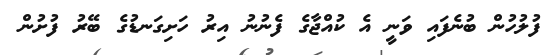
ފުލުހުން ބުނެފައި ވަނީ އެ ކުއްޖާގެ ފެނުނު އިރު ހަށިގަނޑުގެ ބޭރު ފުށުން